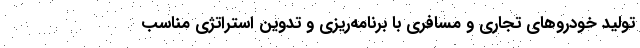
تولید خودروهای تجاری و مسافری با برنامه‌ریزی و تدوین استراتژی مناسب